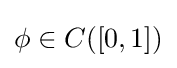
\phi \in C([0,1])